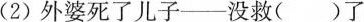
(2)外婆死了儿子—没救()了